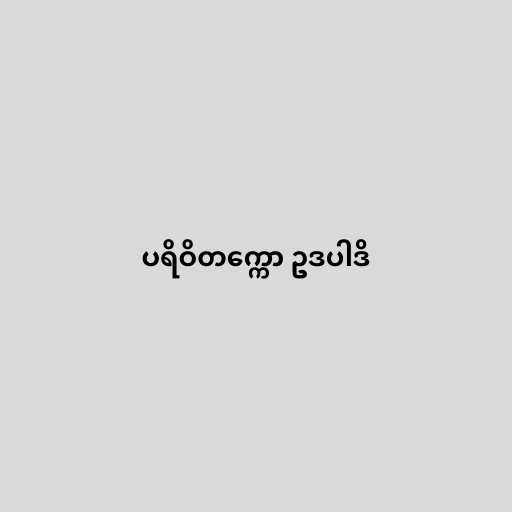
ပရိဝိတက္ကော ဥဒပါဒိ